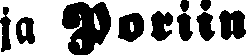
ja Poriin